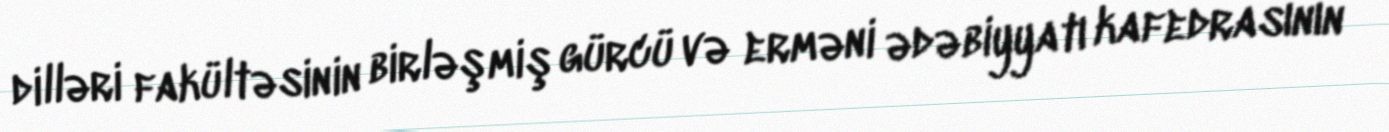
dilləri fakültəsinin birləşmiş gürcü və erməni ədəbiyyatı kafedrasının